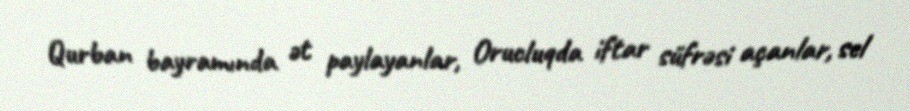
Qurban bayramında ət paylayanlar, Orucluqda iftar süfrəsi açanlar, sel